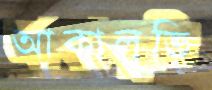
আকালুভি